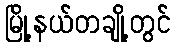
မြို့နယ်တချို့တွင်